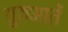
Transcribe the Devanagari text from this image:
शुरुआतें